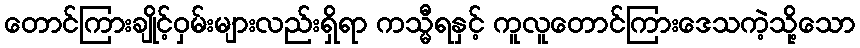
တောင်ကြားချိုင့်ဝှမ်းများလည်းရှိရာ ကသ္မီရနှင့် ကူလူတောင်ကြားဒေသကဲ့သို့သော